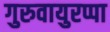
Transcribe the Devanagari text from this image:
गुरुवायुरप्पा